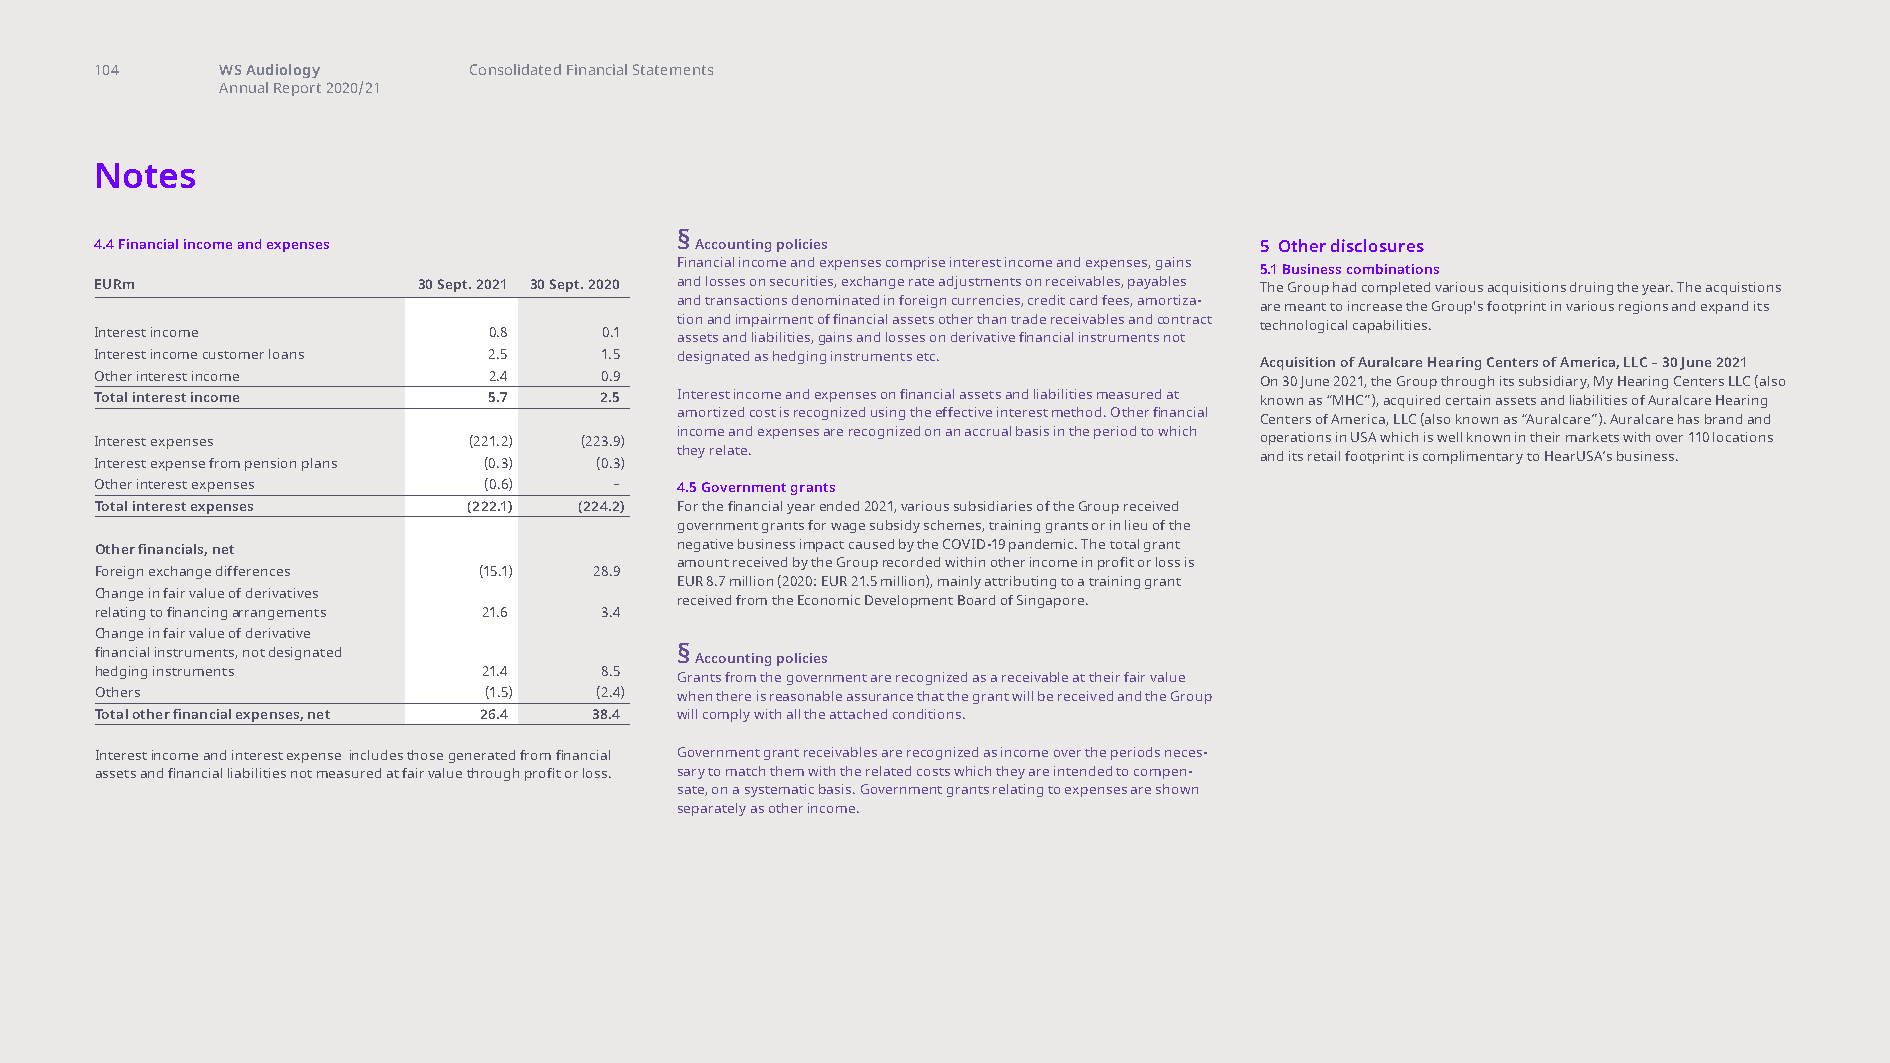
group note 4.4-5.1
 104      WS Audiology    Consolidated Financial Statements
 Annual Report 2020/21
 Notes
 §
 4.4 Financial income and expenses       Accounting policies                  5 Other disclosures
 Financial income and expenses comprise interest income and expenses, gains 5.1 Business combinations
 EURm                  30 Sept. 2021 30 Sept. 2020 and losses on securities, exchange rate adjustments on receivables, payables The Group had completed various acquisitions druing the year. The acquistions
 and transactions denominated in foreign currencies, credit card fees, amortiza-
 are meant to increase the Group's footprint in various regions and expand its
 tion and impairment of financial assets other than trade receivables and contract
 technological capabilities.
 Interest income           0.8     0.1  assets and liabilities, gains and losses on derivative financial instruments not
 Interest income customer loans 2.5 1.5 designated as hedging instruments etc. Acquisition of Auralcare Hearing Centers of America, LLC – 30 June 2021
 Other interest income     2.4     0.9                                        On 30 June 2021, the Group through its subsidiary, My Hearing Centers LLC (also
 Total interest income     5.7     2.5  Interest income and expenses on financial assets and liabilities measured at known as “MHC”), acquired certain assets and liabilities of Auralcare Hearing
 amortized cost is recognized using the effective interest method. Other financial
 Centers of America, LLC (also known as “Auralcare”). Auralcare has brand and
 income and expenses are recognized on an accrual basis in the period to which
 Interest expenses        (221.2) (223.9)                                     operations in USA which is well known in their markets with over 110 locations
 they relate.
 and its retail footprint is complimentary to HearUSA’s business.
 Interest expense from pension plans (0.3) (0.3)
 Other interest expenses   (0.6)    –   4.5 Government grants
 Total interest expenses  (222.1) (224.2) For the financial year ended 2021, various subsidiaries of the Group received
 government grants for wage subsidy schemes, training grants or in lieu of the
 Other financials, net                  negative business impact caused by the COVID-19 pandemic. The total grant
 amount received by the Group recorded within other income in profit or loss is
 Foreign exchange differences (15.1) 28.9
 EUR 8.7 million (2020: EUR 21.5 million), mainly attributing to a training grant
 Change in fair value of derivatives
 received from the Economic Development Board of Singapore.
 relating to financing arrangements 21.6 3.4
 Change in fair value of derivative
 financial instruments, not designated  § Accounting policies
 hedging instruments       21.4    8.5  Grants from the government are recognized as a receivable at their fair value
 Others                    (1.5)  (2.4) when there is reasonable assurance that the grant will be received and the Group
 Total other financial expenses, net 26.4 38.4 will comply with all the attached conditions.
 Interest income and interest expense includes those generated from financial Government grant receivables are recognized as income over the periods neces-
 assets and financial liabilities not measured at fair value through profit or loss. sary to match them with the related costs which they are intended to compen-
 sate, on a systematic basis. Government grants relating to expenses are shown
 separately as other income.